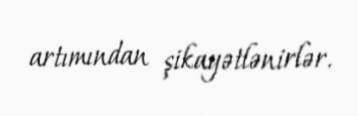
artımından şikayətlənirlər.